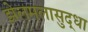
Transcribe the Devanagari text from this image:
झेलमलासुद्धा